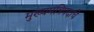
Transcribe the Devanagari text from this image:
मुख्यमंत्रिपदाचे